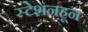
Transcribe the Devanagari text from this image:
स्टेशनहून